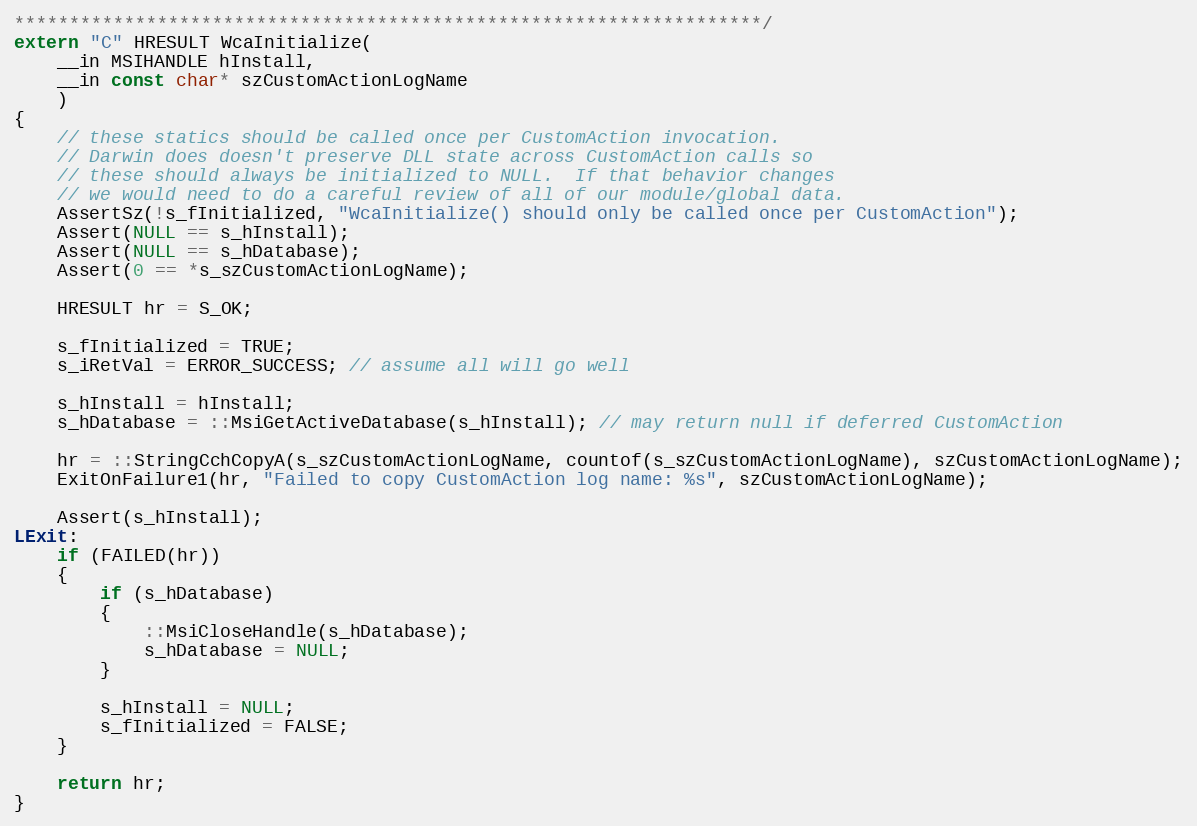
Language: C++
********************************************************************/
extern "C" HRESULT WcaInitialize(
	__in MSIHANDLE hInstall,
	__in const char* szCustomActionLogName
	)
{
	// these statics should be called once per CustomAction invocation.
	// Darwin does doesn't preserve DLL state across CustomAction calls so
	// these should always be initialized to NULL.  If that behavior changes
	// we would need to do a careful review of all of our module/global data.
	AssertSz(!s_fInitialized, "WcaInitialize() should only be called once per CustomAction");
	Assert(NULL == s_hInstall);
	Assert(NULL == s_hDatabase);
	Assert(0 == *s_szCustomActionLogName);

	HRESULT hr = S_OK;

	s_fInitialized = TRUE;
	s_iRetVal = ERROR_SUCCESS; // assume all will go well

	s_hInstall = hInstall;
	s_hDatabase = ::MsiGetActiveDatabase(s_hInstall); // may return null if deferred CustomAction

	hr = ::StringCchCopyA(s_szCustomActionLogName, countof(s_szCustomActionLogName), szCustomActionLogName);
	ExitOnFailure1(hr, "Failed to copy CustomAction log name: %s", szCustomActionLogName);

	Assert(s_hInstall);
LExit:
	if (FAILED(hr))
	{
		if (s_hDatabase)
		{
			::MsiCloseHandle(s_hDatabase);
			s_hDatabase = NULL;
		}

		s_hInstall = NULL;
		s_fInitialized = FALSE;
	}

	return hr;
}